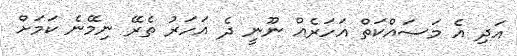
އަދި އެ މަސައްކަތް އަހަރެއް ނޫނީ ދެ އަހަރު ތެރޭ ނިމޭނެ ކަމަށް